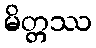
မိတ္တဿ